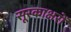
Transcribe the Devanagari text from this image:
सूरकाक्षरों